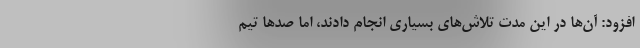
افزود: آن‌ها در این مدت تلاش‌های بسیاری انجام دادند، اما صد‌ها تیم